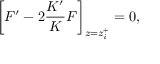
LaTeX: \bigg [ F ^ { \prime } - 2 \frac { K ^ { \prime } } { K } F \bigg ] _ { z = z _ { i } ^ { + } } = 0 ,